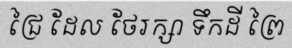
ជ្រៃ ដែល ថែរក្សា ទឹកដី ព្រៃ